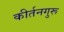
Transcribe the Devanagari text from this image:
कीर्तनगुरू